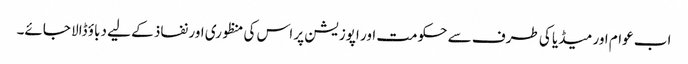
اب عوام اور میڈیا کی طرف سے حکومت اور اپوزیشن پر اس کی منظوری اور نفاذ کے لیے دباؤ ڈالا جائے۔